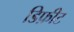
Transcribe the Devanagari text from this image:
डिफ़ीट